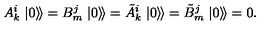
A _ { k } ^ { i } \left. \left| 0 \right\rangle \! \right\rangle = B _ { m } ^ { j } \left. \left| 0 \right\rangle \! \right\rangle = \tilde { A } _ { k } ^ { i } \left. \left| 0 \right\rangle \! \right\rangle = \tilde { B } _ { m } ^ { j } \left. \left| 0 \right\rangle \! \right\rangle = 0 .